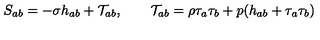
S _ { a b } = - \sigma h _ { a b } + \mathcal { T } _ { a b } , \qquad \mathcal { T } _ { a b } = \rho \tau _ { a } \tau _ { b } + p ( h _ { a b } + \tau _ { a } \tau _ { b } ) \nonumber